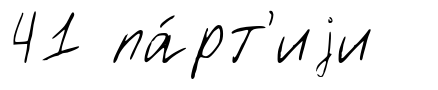
41 па́рт'иjи